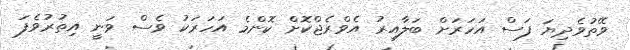
ވޭތުވެދިޔަ ފަސް އަހަރަށް ބަލާއިރު އެވްރެޖްކޮށް ކޮންމެ އަހަރަކު ވެސް ވަނީ އިތުރުވެފަ